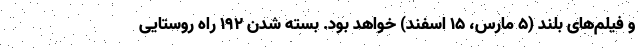
و فیلم‌های بلند (۵ مارس، ۱۵ اسفند) خواهد بود. بسته شدن ۱۹۲ راه روستایی